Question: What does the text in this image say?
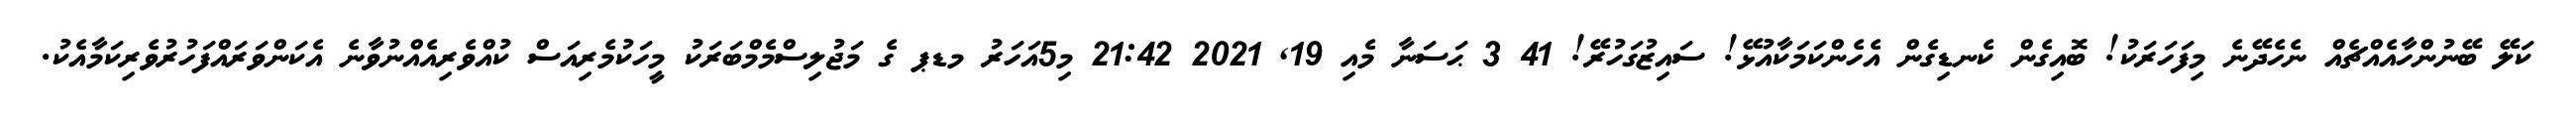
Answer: ކަލޭ ބޭނުންހާއެއްޗެއް ނެހެދޭނެ މިފަހަރަކު! ބޮއިގެން ކެނޑިގެން އެހެންކަމަކާއުޅޭ! ސައިޒުގަހުރޭ! 41 3 ޙަސަނާ މެއި 19, 2021 21:42 މި5އަހަރު މޑޕ ގެ މަޖުލިސްމެމްބަރަކު މީހަކުމެރިއަސް ކުއްވެރިއެއްނުވާނެ އެކަންވަރައްފަހުރުވެރިކަމާއެކު.